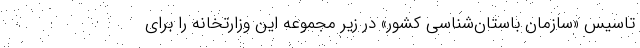
تاسیس «سازمان باستان‌شناسی کشور» در زیر مجموعه این وزارتخانه را برای